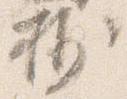
抄